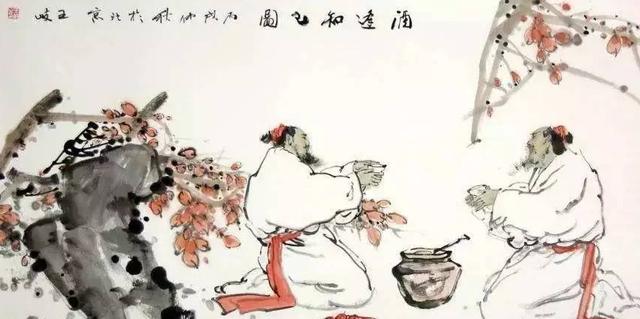
言而当知也，默而当，亦知也